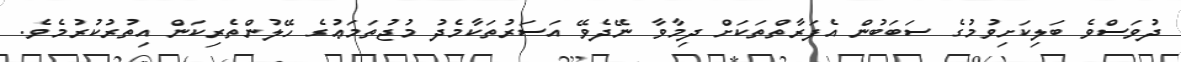
ދުވަސްވެ ބަލިކަށިވުމުގެ ސަބަބުން އެފަރާތްތަކަށް ދިމާވާ ނޭދެވޭ އަސަރުތަކާމެދު މުޖުތަމަޢުގެ ހޭލުންތެރިކަން އިތުރުކުރުމެވެ.